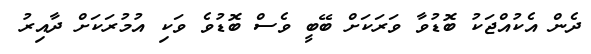
ދެން އެކުއްޖަކު ބޮޑުވާ ވަރަކަށް ބޭބީ ވެސް ބޮޑުވެ ވަކި އުމުރަކަށް ދާއިރު